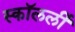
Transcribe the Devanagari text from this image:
स्कॉलर्ली